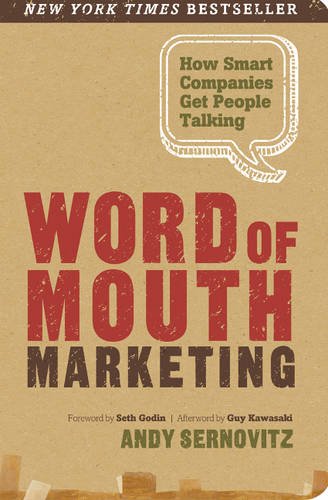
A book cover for Word of Mouth Marketing: How Smart Companies Get People Talking; Andy Sernovitz; Business & Money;